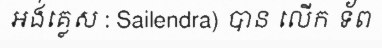
អង់គ្លេស : Sailendra) បាន លើក ទ័ព